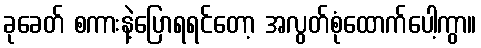
ခုခေတ် စကားနဲ့ပြောရရင်တော့ အလွတ်စုံထောက်ပေါ့ကွာ။